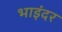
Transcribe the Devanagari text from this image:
भाइंदर